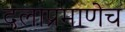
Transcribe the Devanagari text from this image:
दलाप्रमाणेच